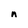
Character: n